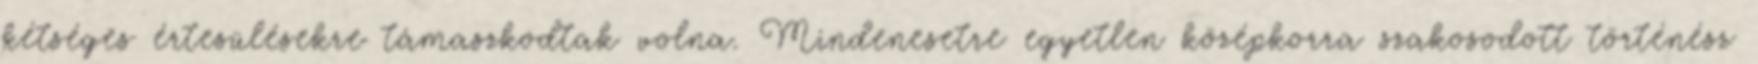
kétséges értesülésekre támaszkodtak volna. Mindenesetre egyetlen középkorra szakosodott történész